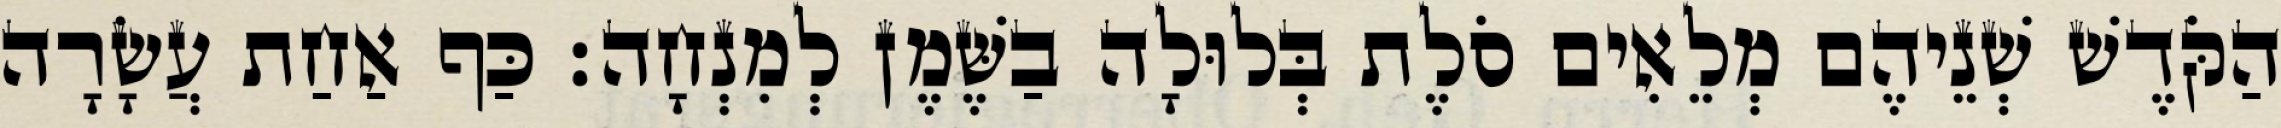
הַקֹּדֶשׁ שְׁנֵיהֶם מְלֵאִים סֹלֶת בְּלוּלָה בַשֶּׁמֶן לְמִנְחָה׃ כַּף אַחַת עֲשָׂרָה